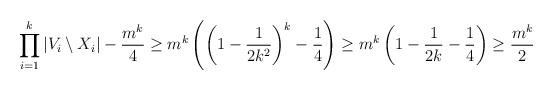
LaTeX: \begin{align*} \prod_{i=1}^k |V_i\setminus X_i|-\frac{m^k}{4}\geq m^k\left(\left(1-\frac{1}{2k^2}\right)^k-\frac{1}{4}\right)\geq m^k\left(1-\frac{1}{2k}-\frac{1}{4}\right)\geq \frac{m^k}{2}\end{align*}